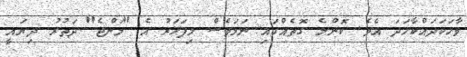
ވާހަކަދައްކާހަދަ އެވެ. ކޮންމެ ގޮތެއްގައި ނަމަވެސް މިފަހަރު އެ "މަންޖެ" ދަތުރު ދިޔައީ